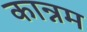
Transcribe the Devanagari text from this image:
कान्नम